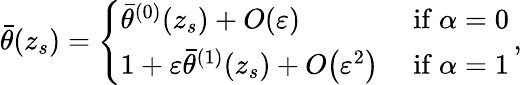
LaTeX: \begin{array}{r}{\bar{\theta}(z_{s})=\left\{ \begin{array}{ll}{\bar{\theta}^{(0)}(z_{s})+{O}\! \left({\varepsilon}\right)}&{\mathrm{~if~}\alpha=0}\\ {1+{\varepsilon}\bar{\theta}^{(1)}(z_{s})+{O}\! \left({\varepsilon}^{2}\right)}&{\mathrm{~if~}\alpha=1}\end{array}\right.\, ,}\end{array}